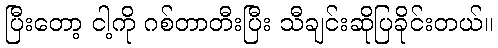
ပြီးတော့ ငါ့ကို ဂစ်တာတီးပြီး သီချင်းဆိုပြခိုင်းတယ်။